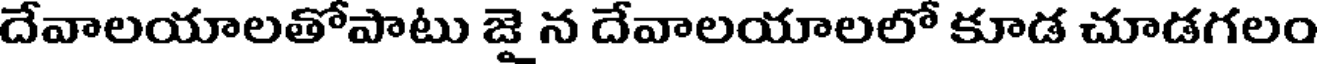
దేవాలయాలతోపాటు జై న దేవాలయాలలో కూడ చూడగలం